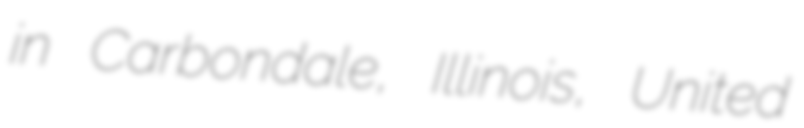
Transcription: in Carbondale, Illinois, United